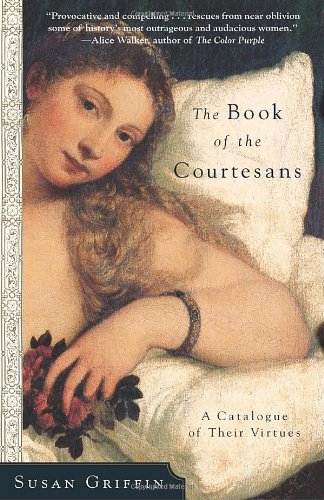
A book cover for The Book of the Courtesans: A Catalogue of Their Virtues; Susan Griffin; Politics & Social Sciences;